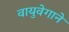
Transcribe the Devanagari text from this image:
वायुवेगाने